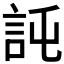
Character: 𧦖